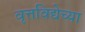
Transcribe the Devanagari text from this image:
वृत्तविद्येच्या